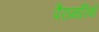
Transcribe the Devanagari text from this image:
पैरामारिबो